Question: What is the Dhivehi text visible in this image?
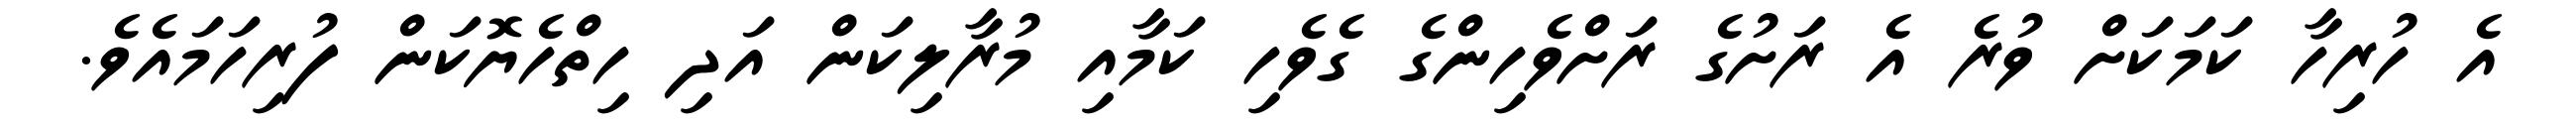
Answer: އެ ހުރިހާ ކަމަކަށް ވުރެ އެ ރަށުގެ ރަށްވެހިންގެ ގެވެހި ކަމާއި މުރާލިކަން އަދި ހިތްހެޔޮކަން ފުރިހަމައެވެ.